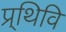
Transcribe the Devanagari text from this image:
प्र्थिवि